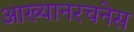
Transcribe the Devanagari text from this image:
आख्यानरचनेस